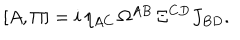
LaTeX: [ A , \Pi ] = i \, \eta _ { A C } \, \Omega ^ { A B } \, \Xi ^ { C D } J _ { B D } .